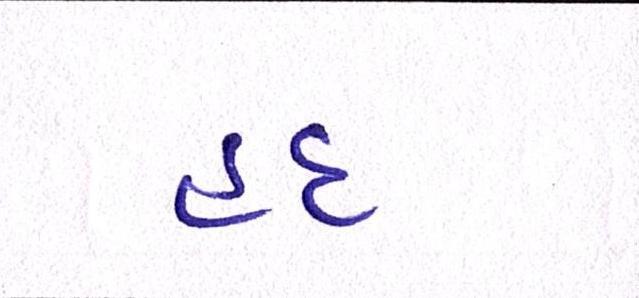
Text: હદ